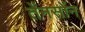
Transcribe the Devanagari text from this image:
तेंनसोंन